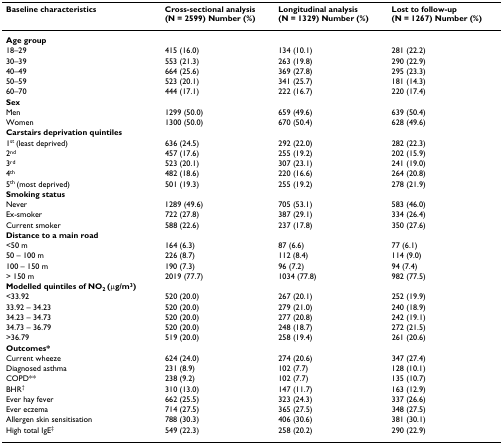
<table><thead><tr><td><b>Baseline characteristics</b></td><td><b>Cross-sectional analysis(N = 2599) Number (%)</b></td><td><b>Longitudinal analysis(N = 1329) Number (%)</b></td><td><b>Lost to follow-up(N = 1267) Number (%)</b></td></tr></thead><tbody><tr><td><b>Age group</b></td><td></td><td></td><td></td></tr><tr><td>18–29</td><td>415 (16.0)</td><td>134 (10.1)</td><td>281 (22.2)</td></tr><tr><td>30–39</td><td>553 (21.3)</td><td>263 (19.8)</td><td>290 (22.9)</td></tr><tr><td>40–49</td><td>664 (25.6)</td><td>369 (27.8)</td><td>295 (23.3)</td></tr><tr><td>50–59</td><td>523 (20.1)</td><td>341 (25.7)</td><td>181 (14.3)</td></tr><tr><td>60–70</td><td>444 (17.1)</td><td>222 (16.7)</td><td>220 (17.4)</td></tr><tr><td><b>Sex</b></td><td></td><td></td><td></td></tr><tr><td>Men</td><td>1299 (50.0)</td><td>659 (49.6)</td><td>639 (50.4)</td></tr><tr><td>Women</td><td>1300 (50.0)</td><td>670 (50.4)</td><td>628 (49.6)</td></tr><tr><td><b>Carstairs deprivation quintiles</b></td><td></td><td></td><td></td></tr><tr><td>1<sup>st </sup>(least deprived)</td><td>636 (24.5)</td><td>292 (22.0)</td><td>282 (22.3)</td></tr><tr><td>2<sup>nd</sup></td><td>457 (17.6)</td><td>255 (19.2)</td><td>202 (15.9)</td></tr><tr><td>3<sup>rd</sup></td><td>523 (20.1)</td><td>307 (23.1)</td><td>241 (19.0)</td></tr><tr><td>4<sup>th</sup></td><td>482 (18.6)</td><td>220 (16.6)</td><td>264 (20.8)</td></tr><tr><td>5<sup>th </sup>(most deprived)</td><td>501 (19.3)</td><td>255 (19.2)</td><td>278 (21.9)</td></tr><tr><td><b>Smoking status</b></td><td></td><td></td><td></td></tr><tr><td>Never</td><td>1289 (49.6)</td><td>705 (53.1)</td><td>583 (46.0)</td></tr><tr><td>Ex-smoker</td><td>722 (27.8)</td><td>387 (29.1)</td><td>334 (26.4)</td></tr><tr><td>Current smoker</td><td>588 (22.6)</td><td>237 (17.8)</td><td>350 (27.6)</td></tr><tr><td><b>Distance to a main road</b></td><td></td><td></td><td></td></tr><tr><td>&lt;50 m</td><td>164 (6.3)</td><td>87 (6.6)</td><td>77 (6.1)</td></tr><tr><td>50 – 100 m</td><td>226 (8.7)</td><td>112 (8.4)</td><td>114 (9.0)</td></tr><tr><td>100 – 150 m</td><td>190 (7.3)</td><td>96 (7.2)</td><td>94 (7.4)</td></tr><tr><td>&gt; 150 m</td><td>2019 (77.7)</td><td>1034 (77.8)</td><td>982 (77.5)</td></tr><tr><td><b>Modelled quintiles of NO<sub>2 </sub>(μg/m<sup>3</sup>)</b></td><td></td><td></td><td></td></tr><tr><td>&lt;33.92</td><td>520 (20.0)</td><td>267 (20.1)</td><td>252 (19.9)</td></tr><tr><td>33.92 – 34.23</td><td>520 (20.0)</td><td>279 (21.0)</td><td>240 (18.9)</td></tr><tr><td>34.23 – 34.73</td><td>520 (20.0)</td><td>277 (20.8)</td><td>242 (19.1)</td></tr><tr><td>34.73 – 36.79</td><td>520 (20.0)</td><td>248 (18.7)</td><td>272 (21.5)</td></tr><tr><td>&gt;36.79</td><td>519 (20.0)</td><td>258 (19.4)</td><td>261 (20.6)</td></tr><tr><td><b>Outcomes*</b></td><td></td><td></td><td></td></tr><tr><td>Current wheeze</td><td>624 (24.0)</td><td>274 (20.6)</td><td>347 (27.4)</td></tr><tr><td>Diagnosed asthma</td><td>231 (8.9)</td><td>102 (7.7)</td><td>128 (10.1)</td></tr><tr><td>COPD**</td><td>238 (9.2)</td><td>102 (7.7)</td><td>135 (10.7)</td></tr><tr><td>BHR<sup>†</sup></td><td>310 (13.0)</td><td>147 (11.7)</td><td>163 (12.9)</td></tr><tr><td>Ever hay fever</td><td>662 (25.5)</td><td>323 (24.3)</td><td>337 (26.6)</td></tr><tr><td>Ever eczema</td><td>714 (27.5)</td><td>365 (27.5)</td><td>348 (27.5)</td></tr><tr><td>Allergen skin sensitisation</td><td>788 (30.3)</td><td>406 (30.6)</td><td>381 (30.1)</td></tr><tr><td>High total IgE<sup>‡</sup></td><td>549 (22.3)</td><td>258 (20.2)</td><td>290 (22.9)</td></tr></tbody></table>